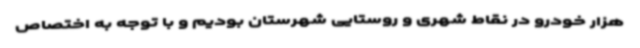
هزار خودرو در نقاط شهری و روستایی شهرستان بودیم و با توجه به اختصاص